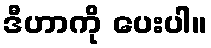
ဒီဟာကို ပေးပါ။